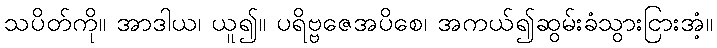
သပိတ်ကို။ အာဒါယ၊ ယူ၍။ ပရိဗ္ဗဇေအပိစေ၊ အကယ်၍ဆွမ်းခံသွားငြားအံ့။